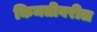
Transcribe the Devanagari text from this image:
किमतीवरील